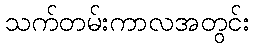
သက်တမ်းကာလအတွင်း